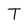
Character: T